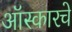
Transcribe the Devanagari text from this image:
ऑस्कारचे